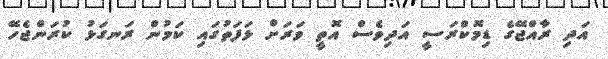
އަދި ރާއްޖޭގެ ޑިމޮކްރަސީ އަދިވެސް އޮތީ ވަރަށް ޅަފަތުގައި ކަމުން ރަނގަޅު ކުރަންޖެހޭ